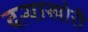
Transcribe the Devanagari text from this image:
दऱ्‍याखोरी